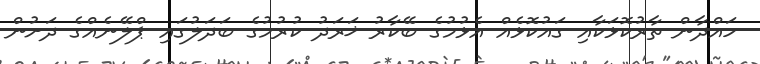
ހައްދާން ތާރުކޮޅަކާއި ގައުކޮޅެއް އެޅުމުގެ ބޭކާރު ޚަރަދު ކުރުމުގެ ބަދަލުގައި ޕްލޭނެއްގެ ދަށުން